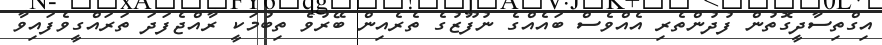
އިގްތިސާދީގޮތުން ފުދުންތެރި އެއްވެސް ބައެއްގެ ނުފޫޒުގެ ތެރެއިން ބޭރުވެ ތިބުމަކީ ރާއްޖެފަދަ ތަރައްގީވެފައިވާ